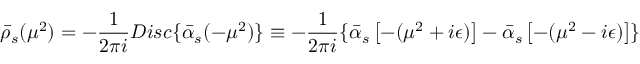
\bar { \rho } _ { s } ( \mu ^ { 2 } ) = - \frac { 1 } { 2 \pi i } D i s c \{ \bar { \alpha } _ { s } ( - \mu ^ { 2 } ) \} \equiv - \frac { 1 } { 2 \pi i } \{ \bar { \alpha } _ { s } \left[ - ( \mu ^ { 2 } + i \epsilon ) \right] - \bar { \alpha } _ { s } \left[ - ( \mu ^ { 2 } - i \epsilon ) \right] \}